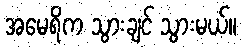
အမေရိက သွားချင် သွားမယ်။